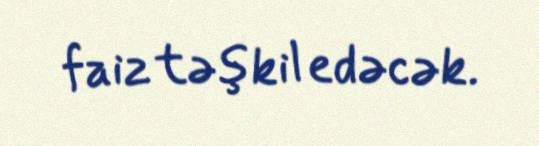
faiz təşkil edəcək.